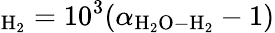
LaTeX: _\mathrm{H_{2}}=10^{3}(\alpha_{\mathrm{H_{2}O-H_{2}}}-1)